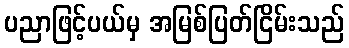
ပညာဖြင့်ပယ်မှ အမြစ်ပြတ်ငြိမ်းသည်